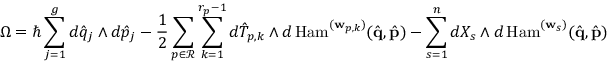
\Omega = \hbar \sum _ { j = 1 } ^ { g } d \hat { q } _ { j } \wedge d \hat { p } _ { j } - \frac { 1 } { 2 } \sum _ { p \in \mathcal { R } } \sum _ { k = 1 } ^ { r _ { p } - 1 } d \hat { T } _ { p , k } \wedge d \, \mathrm { H a m } ^ { ( \mathbf { w } _ { p , k } ) } ( \hat { \mathbf { q } } , \hat { \mathbf { p } } ) - \sum _ { s = 1 } ^ { n } d X _ { s } \wedge d \, \mathrm { H a m } ^ { ( \mathbf { w } _ { s } ) } ( \hat { \mathbf { q } } , \hat { \mathbf { p } } )